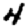
Digit: 4